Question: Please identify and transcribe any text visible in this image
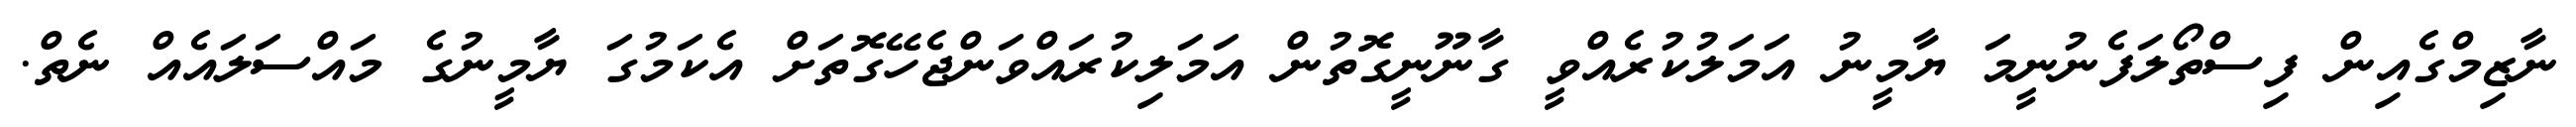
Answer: ނާޒިމްގެއިން ފިސްތޯލަފެނުނީމަ ޔާމީނު އަމަލުކުރެއްވީ ގާނޫނީގޮތުން އަމަލިކުރައްވަންޖެހޭގޮތަށް އެކަމުގަ ޔާމީނުގެ މައްސަލައެއް ނެތް.